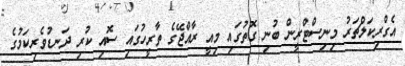
އެގްރިކަލްޗަރު މިނިސްޓްރީން ބުނި ގޮތުގައި މިއީ ރާއްޖޭގެ ތާރީހުގައި ސޮއި ކުރި ދަނޑުވެރިކަމުގެ